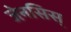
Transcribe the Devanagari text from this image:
जेनसिस्